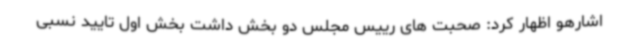
اشارهو اظهار کرد: صحبت های رییس مجلس دو بخش داشت بخش اول تایید نسبی